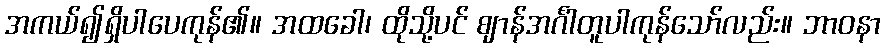
အကယ်၍ရှိပါပေကုန်၏။ အထခေါ၊ ထိုသို့ပင် ဈာန်အင်္ဂါတူပါကုန်သော်လည်း။ ဘာဝနာ